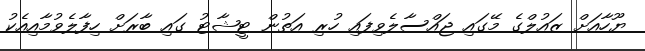
ޔޫހާއަށް ޒައުލްގެ މޭގައި ޖައްސާލެވިފައި ހުރި އަތުން ޓީޝާޓު ގައި ބާރަށް ހިފާލެވުމާއިއެކު